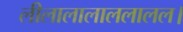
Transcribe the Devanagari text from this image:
लीलालालाललालल।